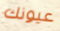
عيونك